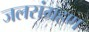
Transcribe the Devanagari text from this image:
जलसंग्रहण